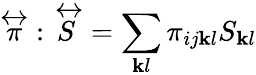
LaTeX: {\stackrel{\leftrightarrow}{\pi}}:{\stackrel{\leftrightarrow}{S}}=\sum_{\mathbf{k}l}\pi_{ij\mathbf{k}l}S_{\mathbf{k}l}